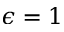
\epsilon = 1